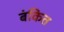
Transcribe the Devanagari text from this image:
बंकित